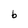
Character: b